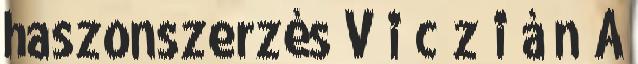
haszonszerzés V i c z i á n Á